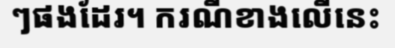
ៗផងដែរ។ ករណីខាងលើនេះ